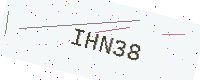
Text: IHN38